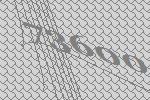
73600